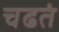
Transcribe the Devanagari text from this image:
चढतं